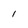
Character: I